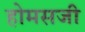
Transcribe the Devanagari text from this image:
होमसजी